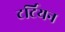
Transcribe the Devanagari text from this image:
टर्टियन